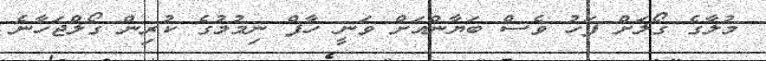
މުލާގެ ގޯލަށް ފަހު ވެސް ބަޔާންއަށް ވަނީ ހާފް ނިމުމުގެ ކުރިން ގޯލްޖަހާނެ